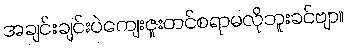
အချင်းချင်းပဲကျေးဇူးတင်စရာမလိုဘူးခင်ဗျာ။